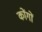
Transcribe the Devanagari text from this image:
कोंगों